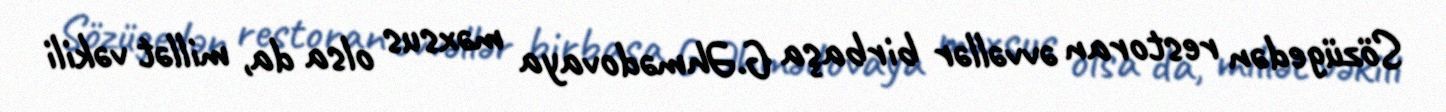
Sözügedən restoran əvvəllər birbaşa G.Əhmədovaya məxsus olsa da, millət vəkili